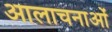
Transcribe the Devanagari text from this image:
आलाचनाओं